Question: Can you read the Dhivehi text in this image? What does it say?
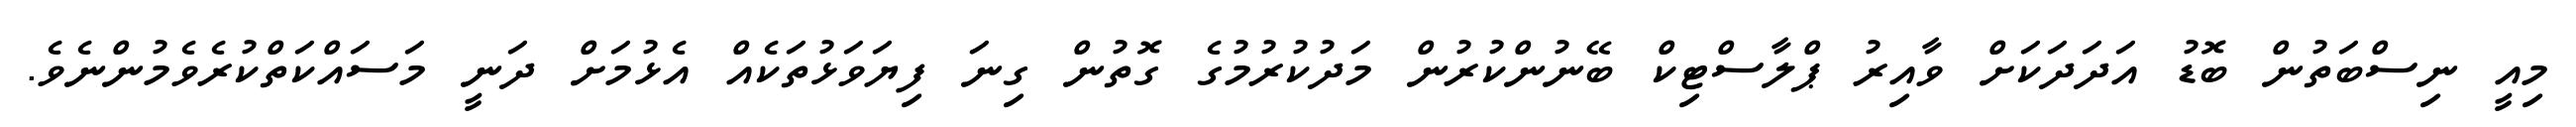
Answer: މިއީ ނިސްބަތުން ބޮޑު އަދަދަކަށް ވާއިރު ޕްލާސްޓިކް ބޭނުންކުރުން މަދުކުރުމުގެ ގޮތުން ގިނަ ފިޔަވަޅުތަކެއް އެޅުމަށް ދަނީ މަސައްކަތްކުރެވެމުންނެވެ.